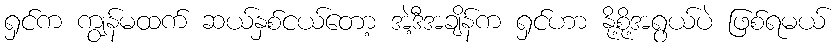
ရှင်က ကျွန်မထက် ဆယ်နှစ်ငယ်တော့ အဲ့ဒီအချိန်က ရှင်ဟာ နို့စို့အရွယ်ပဲ ဖြစ်ရမယ်